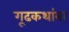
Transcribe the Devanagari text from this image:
गूढकथांवर